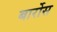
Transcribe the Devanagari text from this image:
बार्रोस